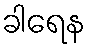
ခါရေန